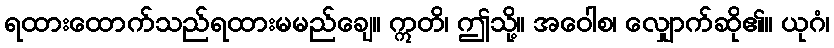
ရထားထောက်သည်ရထားမမည်ချေ။ ဣတိ၊ ဤသို့။ အဝေါစ၊ လျှောက်ဆို၏။ ယုဂံ၊